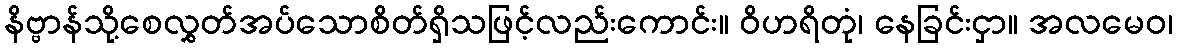
နိဗ္ဗာန်သို့စေလွှတ်အပ်သောစိတ်ရှိသဖြင့်လည်းကောင်း။ ဝိဟရိတုံ၊ နေခြင်းငှာ။ အလမေဝ၊